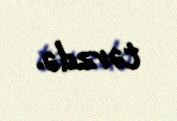
tərzdə.